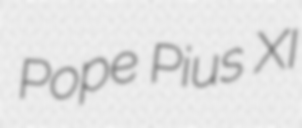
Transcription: Pope Pius XI